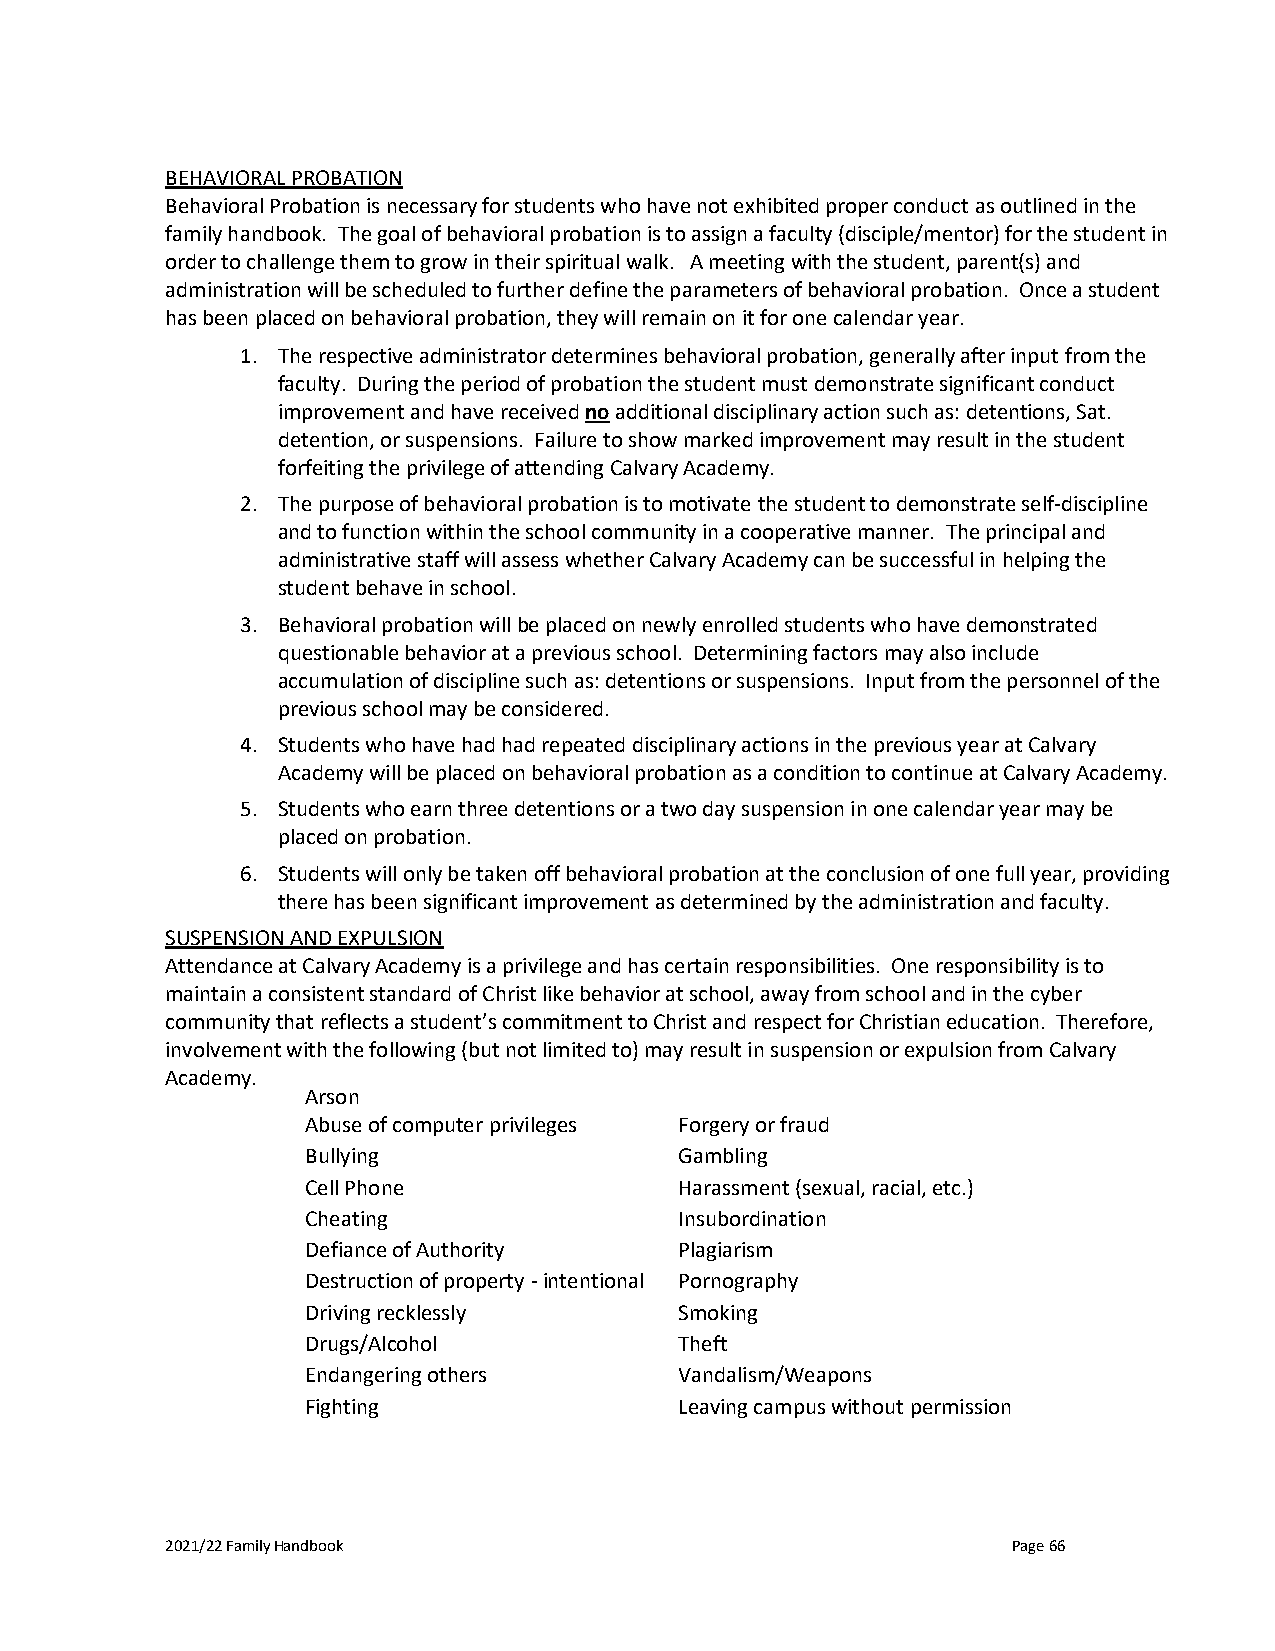
BEHAVIORAL PROBATION
 Behavioral Probation is necessary for students who have not exhibited proper conduct as outlined in the
 family handbook. The goal of behavioral probation is to assign a faculty (disciple/mentor) for the student in
 order to challenge them to grow in their spiritual walk. A meeting with the student, parent(s) and
 administration will be scheduled to further define the parameters of behavioral probation. Once a student
 has been placed on behavioral probation, they will remain on it for one calendar year.
 1. The respective administrator determines behavioral probation, generally after input from the
 faculty. During the period of probation the student must demonstrate significant conduct
 improvement and have received no additional disciplinary action such as: detentions, Sat.
 detention, or suspensions. Failure to show marked improvement may result in the student
 forfeiting the privilege of attending Calvary Academy.
 2. The purpose of behavioral probation is to motivate the student to demonstrate self-discipline
 and to function within the school community in a cooperative manner. The principal and
 administrative staff will assess whether Calvary Academy can be successful in helping the
 student behave in school.
 3. Behavioral probation will be placed on newly enrolled students who have demonstrated
 questionable behavior at a previous school. Determining factors may also include
 accumulation of discipline such as: detentions or suspensions. Input from the personnel of the
 previous school may be considered.
 4. Students who have had had repeated disciplinary actions in the previous year at Calvary
 Academy will be placed on behavioral probation as a condition to continue at Calvary Academy.
 5. Students who earn three detentions or a two day suspension in one calendar year may be
 placed on probation.
 6. Students will only be taken off behavioral probation at the conclusion of one full year, providing
 there has been significant improvement as determined by the administration and faculty.
 SUSPENSION AND EXPULSION
 Attendance at Calvary Academy is a privilege and has certain responsibilities. One responsibility is to
 maintain a consistent standard of Christ like behavior at school, away from school and in the cyber
 community that reflects a student’s commitment to Christ and respect for Christian education. Therefore,
 involvement with the following (but not limited to) may result in suspension or expulsion from Calvary
 Academy.
 Arson
 Abuse of computer privileges Forgery or fraud
 Bullying                 Gambling
 Cell Phone               Harassment (sexual, racial, etc.)
 Cheating                 Insubordination
 Defiance of Authority    Plagiarism
 Destruction of property - intentional Pornography
 Driving recklessly       Smoking
 Drugs/Alcohol            Theft
 Endangering others       Vandalism/Weapons
 Fighting                 Leaving campus without permission
 2021/22 Family Handbook                                 Page 66